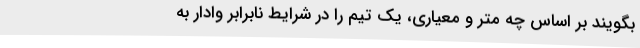
بگویند بر اساس چه متر و معیاری، یک تیم را در شرایط نابرابر وادار به